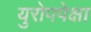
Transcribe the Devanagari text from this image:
युरोपपेक्षा